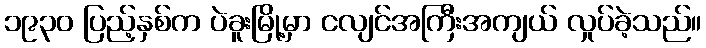
၁၉၃၀ ပြည့်နှစ်က ပဲခူးမြို့မှာ ငလျင်အကြီးအကျယ် လှုပ်ခဲ့သည်။